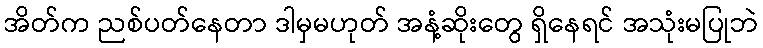
အိတ်က ညစ်ပတ်နေတာ ဒါမှမဟုတ် အနံ့ဆိုးတွေ ရှိနေရင် အသုံးမပြုဘဲ